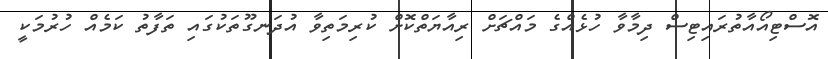
އޮސްޓިއޯއާތުރައިޓިސް ދިމާވާ ހުޅެއްގެ މައްޗަށް ރިއާޔަތްކޮށް ކުރިމަތިވާ އުދަނގޫތަކުގައި ތަފާތު ކަމެއް ހުރުމަކީ